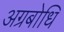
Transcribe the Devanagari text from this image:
अग्रबोधि